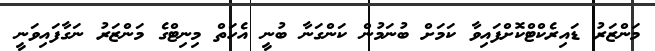
މަންޒަރު ޑައިރެކްޓްކޮށްފައިވާ ކަމަށް ބުނަމުން ކަންގަނާ ބުނީ އެހަތް މިނިޓްގެ މަންޒަރު ނަގާފައިވަނީ